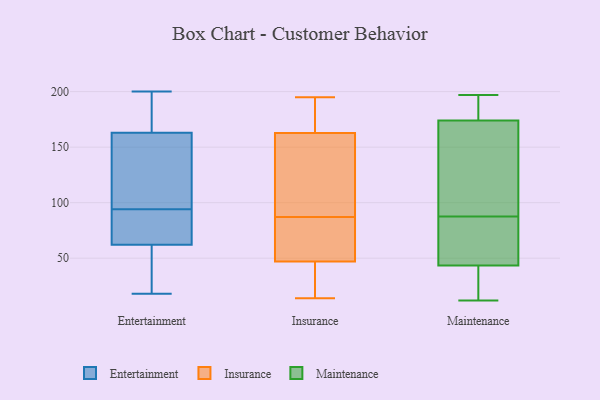
{"axis": {"x": "Waste Production (Tons)", "y": "Value"}, "legend": ["Entertainment", "Insurance", "Maintenance"], "data": [{"x": "", "y": 83, "type": "Entertainment"}, {"x": "", "y": 48, "type": "Entertainment"}, {"x": "", "y": 154, "type": "Entertainment"}, {"x": "", "y": 190, "type": "Entertainment"}, {"x": "", "y": 172, "type": "Entertainment"}, {"x": "", "y": 99, "type": "Entertainment"}, {"x": "", "y": 142, "type": "Entertainment"}, {"x": "", "y": 132, "type": "Entertainment"}, {"x": "", "y": 18, "type": "Entertainment"}, {"x": "", "y": 88, "type": "Entertainment"}, {"x": "", "y": 60, "type": "Entertainment"}, {"x": "", "y": 64, "type": "Entertainment"}, {"x": "", "y": 142, "type": "Entertainment"}, {"x": "", "y": 89, "type": "Entertainment"}, {"x": "", "y": 188, "type": "Entertainment"}, {"x": "", "y": 200, "type": "Entertainment"}, {"x": "", "y": 195, "type": "Entertainment"}, {"x": "", "y": 27, "type": "Entertainment"}, {"x": "", "y": 72, "type": "Entertainment"}, {"x": "", "y": 51, "type": "Entertainment"}, {"x": "", "y": 101, "type": "Insurance"}, {"x": "", "y": 109, "type": "Insurance"}, {"x": "", "y": 87, "type": "Insurance"}, {"x": "", "y": 14, "type": "Insurance"}, {"x": "", "y": 187, "type": "Insurance"}, {"x": "", "y": 156, "type": "Insurance"}, {"x": "", "y": 195, "type": "Insurance"}, {"x": "", "y": 62, "type": "Insurance"}, {"x": "", "y": 87, "type": "Insurance"}, {"x": "", "y": 16, "type": "Insurance"}, {"x": "", "y": 42, "type": "Insurance"}, {"x": "", "y": 193, "type": "Insurance"}, {"x": "", "y": 70, "type": "Insurance"}, {"x": "", "y": 165, "type": "Insurance"}, {"x": "", "y": 25, "type": "Insurance"}, {"x": "", "y": 172, "type": "Maintenance"}, {"x": "", "y": 89, "type": "Maintenance"}, {"x": "", "y": 176, "type": "Maintenance"}, {"x": "", "y": 12, "type": "Maintenance"}, {"x": "", "y": 62, "type": "Maintenance"}, {"x": "", "y": 15, "type": "Maintenance"}, {"x": "", "y": 193, "type": "Maintenance"}, {"x": "", "y": 44, "type": "Maintenance"}, {"x": "", "y": 86, "type": "Maintenance"}, {"x": "", "y": 197, "type": "Maintenance"}, {"x": "", "y": 43, "type": "Maintenance"}, {"x": "", "y": 162, "type": "Maintenance"}]}